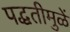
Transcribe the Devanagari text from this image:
पद्धतीमुळें